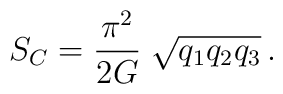
S_C = \frac{\pi^2}{2G} \; \sqrt{q_1q_2q_3}\,.